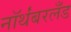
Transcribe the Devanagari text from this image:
नॉर्थंबरलँड